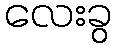
လေးခွ